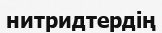
нитридтердің